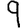
Digit: 9